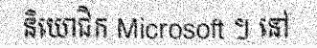
និយោជិក Microsoft ។ នៅ